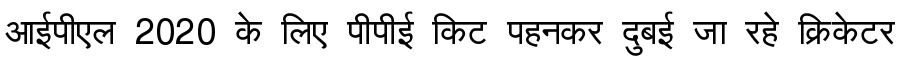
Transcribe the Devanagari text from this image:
आईपीएल 2020 के लिए पीपीई किट पहनकर दुबई जा रहे क्रिकेटर